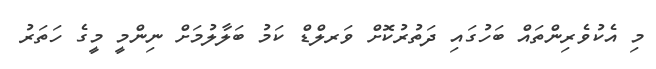
މި އެކުވެރިންތައް ބަހުގައި ދަތުރުކޮށް ވަރލްޑް ކަމު ބަލާލުމަށް ނިންމީ މީގެ ހަތަރު